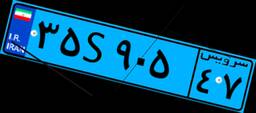
۳۵S۹۰۵۴۷